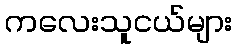
ကလေးသူငယ်များ